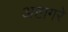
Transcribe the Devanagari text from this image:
अष्टागरे